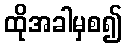
ထိုအခါမှစ၍